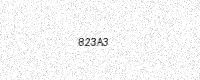
Text: 823A3